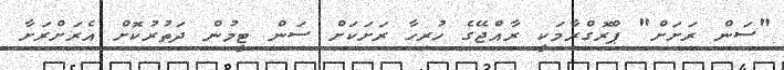
"ސަން ރަށަށް" ޕްރޮގްރާމަކީ ރާއްޖޭގެ ހުރިހާ ރަށަކަށް ސަން ޓީމުން ދަތުރުކޮށް އެރަށްރަށާ